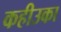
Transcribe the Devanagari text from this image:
कहीउका